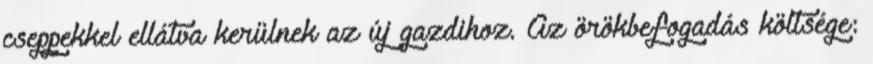
cseppekkel ellátva kerülnek az új gazdihoz. Az örökbefogadás költsége: